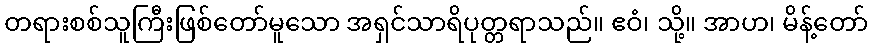
တရားစစ်သူကြီးဖြစ်တော်မူသော အရှင်သာရိပုတ္တရာသည်။ ဧဝံ၊ သို့။ အာဟ၊ မိန့်တော်